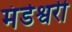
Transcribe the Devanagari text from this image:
मंडेश्वरी